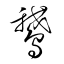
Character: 鵞